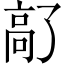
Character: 𫘵